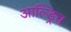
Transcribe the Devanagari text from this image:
आल्ड्रिच